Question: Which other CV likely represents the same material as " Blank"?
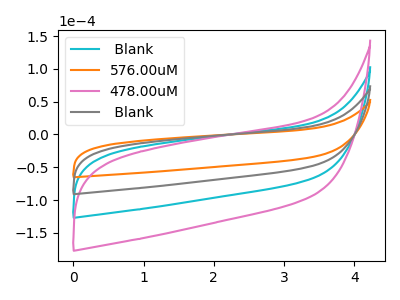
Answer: <think>The cyan curve " Blank" has no peaks. The orange curve "576.00uM" has no peaks. The pink curve "478.00uM" has no peaks. The gray curve " Blank" has no peaks.
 Neither " Blank" or "576.00uM" have any peaks. Neither " Blank" or "478.00uM" have any peaks. Neither " Blank" or " Blank" have any peaks. Neither "576.00uM" or "478.00uM" have any peaks. Neither "576.00uM" or " Blank" have any peaks. Neither "478.00uM" or " Blank" have any peaks.</think>
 <answer>" Blank", "478.00uM" and " Blank" have a similar shape to "576.00uM".</answer>
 <eval>" Blank" "478.00uM" " Blank"</eval>